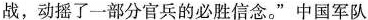
战，动摇了一部分官兵的必胜信念。”中国军队